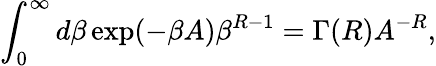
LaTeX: \int_{0}^{\infty}d\beta\exp(-\beta A)\beta^{R-1}=\Gamma(R)A^{-R},